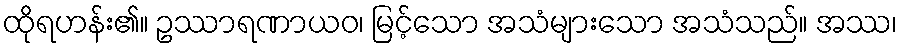
ထိုရဟန်း၏။ ဥဿာရဏာယဝ၊ မြင့်သော အသံများသော အသံသည်။ အဿ၊